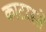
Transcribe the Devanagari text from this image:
काटरस्ते